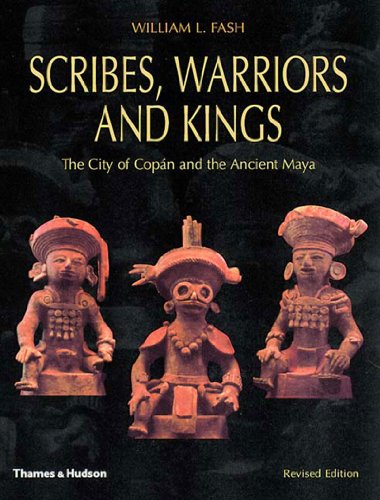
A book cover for Scribes, Warriors, and Kings: The City of Copan and the Ancient Maya, Revised Edition; William L., JR. Fash; History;